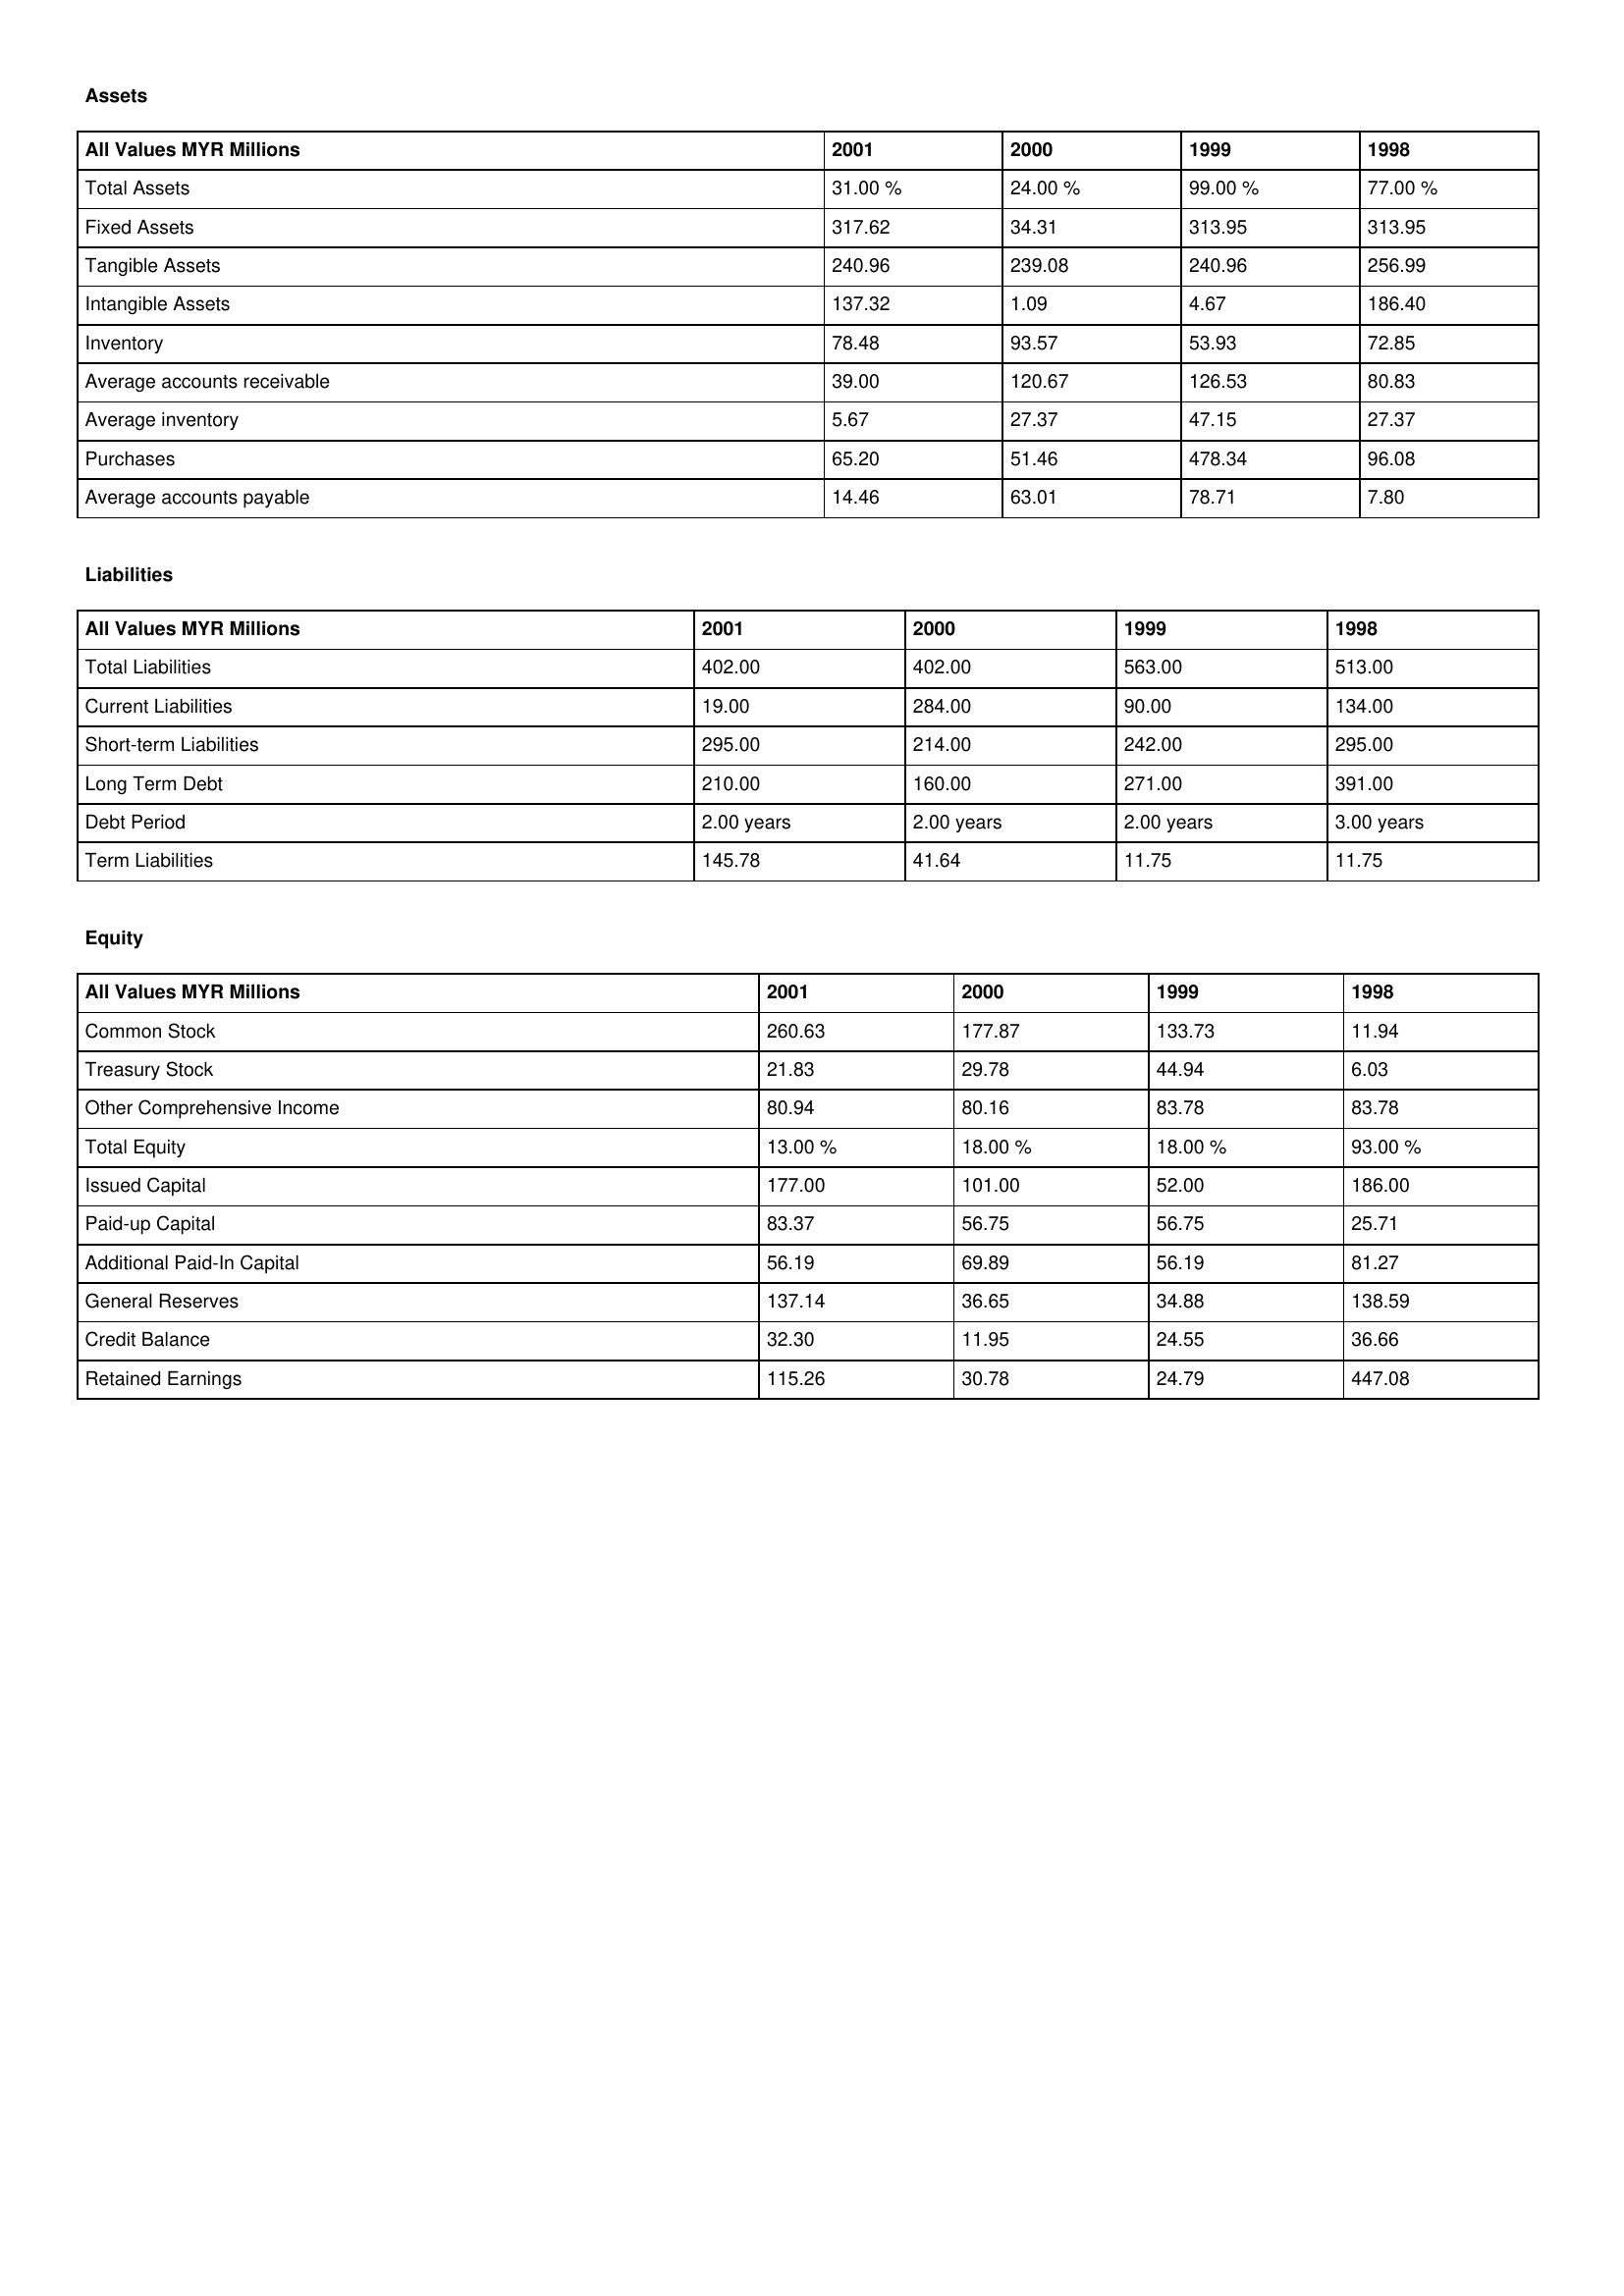
gt_parse: 2001: Assets: Total Assets: 31.00 %
Fixed Assets: 317.62
Tangible Assets: 240.96
Intangible Assets: 137.32
Inventory: 78.48
Average accounts receivable: 39.00
Average inventory: 5.67
Purchases: 65.20
Average accounts payable: 14.46
Liabilities: Total Liabilities: 402.00
Current Liabilities: 19.00
Short-term Liabilities: 295.00
Long Term Debt: 210.00
Debt Period: 2.00 years
Term Liabilities: 145.78
Equity: Common Stock: 260.63
Treasury Stock: 21.83
Other Comprehensive Income: 80.94
Total Equity: 13.00 %
Issued Capital: 177.00
Paid-up Capital: 83.37
Additional Paid-In Capital: 56.19
General Reserves: 137.14
Credit Balance: 32.30
Retained Earnings: 115.26
2000: Assets: Total Assets: 24.00 %
Fixed Assets: 34.31
Tangible Assets: 239.08
Intangible Assets: 1.09
Inventory: 93.57
Average accounts receivable: 120.67
Average inventory: 27.37
Purchases: 51.46
Average accounts payable: 63.01
Liabilities: Total Liabilities: 402.00
Current Liabilities: 284.00
Short-term Liabilities: 214.00
Long Term Debt: 160.00
Debt Period: 2.00 years
Term Liabilities: 41.64
Equity: Common Stock: 177.87
Treasury Stock: 29.78
Other Comprehensive Income: 80.16
Total Equity: 18.00 %
Issued Capital: 101.00
Paid-up Capital: 56.75
Additional Paid-In Capital: 69.89
General Reserves: 36.65
Credit Balance: 11.95
Retained Earnings: 30.78
1999: Assets: Total Assets: 99.00 %
Fixed Assets: 313.95
Tangible Assets: 240.96
Intangible Assets: 4.67
Inventory: 53.93
Average accounts receivable: 126.53
Average inventory: 47.15
Purchases: 478.34
Average accounts payable: 78.71
Liabilities: Total Liabilities: 563.00
Current Liabilities: 90.00
Short-term Liabilities: 242.00
Long Term Debt: 271.00
Debt Period: 2.00 years
Term Liabilities: 11.75
Equity: Common Stock: 133.73
Treasury Stock: 44.94
Other Comprehensive Income: 83.78
Total Equity: 18.00 %
Issued Capital: 52.00
Paid-up Capital: 56.75
Additional Paid-In Capital: 56.19
General Reserves: 34.88
Credit Balance: 24.55
Retained Earnings: 24.79
1998: Assets: Total Assets: 77.00 %
Fixed Assets: 313.95
Tangible Assets: 256.99
Intangible Assets: 186.40
Inventory: 72.85
Average accounts receivable: 80.83
Average inventory: 27.37
Purchases: 96.08
Average accounts payable: 7.80
Liabilities: Total Liabilities: 513.00
Current Liabilities: 134.00
Short-term Liabilities: 295.00
Long Term Debt: 391.00
Debt Period: 3.00 years
Term Liabilities: 11.75
Equity: Common Stock: 11.94
Treasury Stock: 6.03
Other Comprehensive Income: 83.78
Total Equity: 93.00 %
Issued Capital: 186.00
Paid-up Capital: 25.71
Additional Paid-In Capital: 81.27
General Reserves: 138.59
Credit Balance: 36.66
Retained Earnings: 447.08